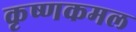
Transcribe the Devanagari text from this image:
कृष्णकमल